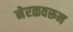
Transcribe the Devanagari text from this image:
नेरळवरून